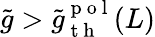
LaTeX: \tilde{g}>\tilde{g}_{\mathrm{~t~h~}}^{\mathrm{~p~o~l~}}(L)